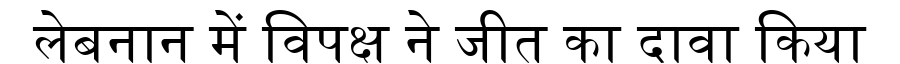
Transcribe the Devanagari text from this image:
लेबनान में विपक्ष ने जीत का दावा किया